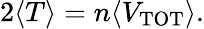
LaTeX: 2\langle T\rangle=n\langle V_{\mathrm{TOT}}\rangle.